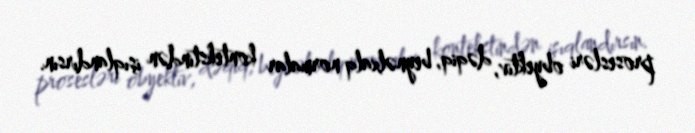
prosesləri obyektiv, dəqiq, beynəlxalq normalar kontekstindən işıqlandırsın.